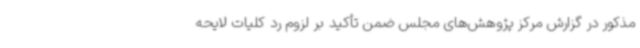
مذکور در گزارش مرکز پژوهش‌های مجلس ضمن تأکید بر لزوم رد کلیات لایحه